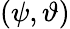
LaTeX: (\psi,\vartheta)